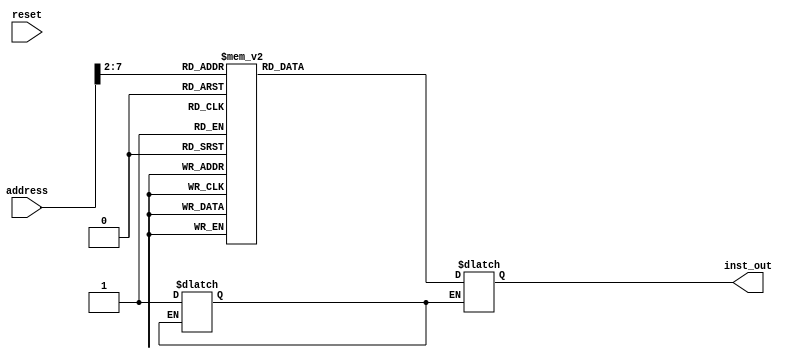
module INST_MEM #(
  parameter size = 64,          
  parameter data_width = 32    
)(
 // input clk,
  input reset,                   
  input [31:0] address,
  output reg [31:0] inst_out

);
   reg [31:0] inst_mem [0:size - 1];

  
 
integer i ; 

//  endmodule 

reg state = 1'b0;
  
  
//  
  always @(*) 

 begin
        case (state)
            1'b0: begin
                state <= 1'b1;
					 // Enter here the Instructions of the program
					 
		 
	
		
      
		
	
	//-------------------------------------------------------------

/* LAST ADDRESS */ //inst_mem[4] = 32'b10110100001000100001100000100000; //Halt 
// every program should end with halt signal 

	

	 
                
            end
            1'b1: begin

          inst_out <= inst_mem[address >> 2];
             
            end
            
        endcase
   
end

endmodule